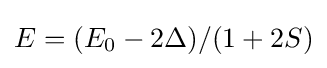
E=(E_{0}-2\Delta )/(1+2S)